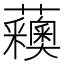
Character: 𧅨